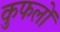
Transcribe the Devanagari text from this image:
कुफलों